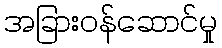
အခြားဝန်ဆောင်မှု